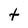
Character: t